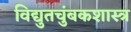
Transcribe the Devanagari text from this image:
विद्युतचुंबकशास्त्र